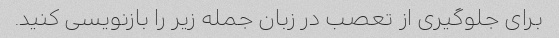
برای جلوگیری از تعصب در زبان جمله زیر را بازنویسی کنید.